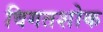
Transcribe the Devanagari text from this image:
विगतशोक